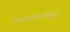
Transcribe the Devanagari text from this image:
सामन्यांसाठीसुद्धा